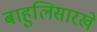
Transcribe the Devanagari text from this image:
बाहुलिसारखे